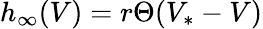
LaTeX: h_{\infty}(V)=r\Theta(V_{*}-V)